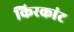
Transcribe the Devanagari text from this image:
किरकांट